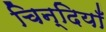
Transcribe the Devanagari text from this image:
चिन्दियाँ